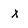
Character: x